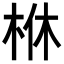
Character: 𣐾